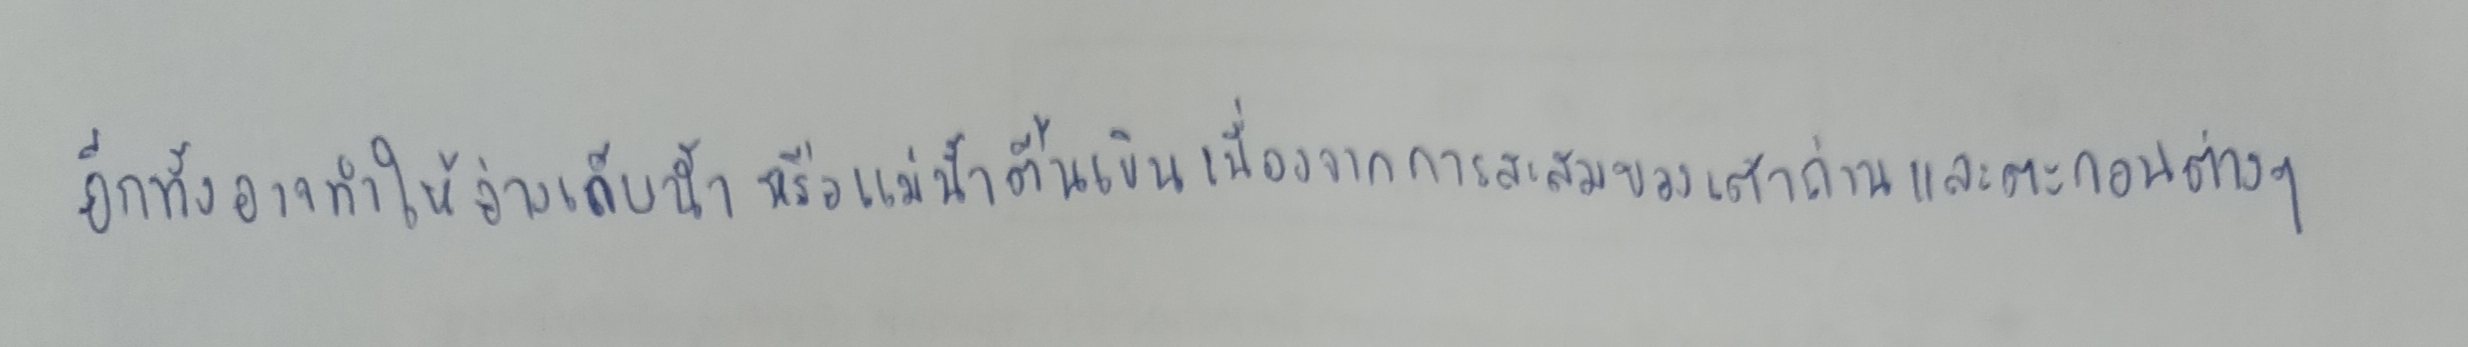
อีกทั้งอาจจะทำให้อ่างเก็บน้ำหรือแม่น้ำตื้นเขินเนื่องจากการสะสมของเถ้าถ่านและตะกอนต่างๆ